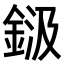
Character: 𮡾